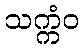
သက္ကံဝ